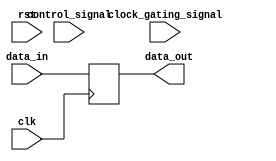
module timing_control_and_sync(
    // Input signals
    input wire clk,
    input wire rst,
    // Control signals
    input wire control_signal,
    // Clock gating
    input wire clock_gating_signal,
    // Clock domain crossing signals
    input wire [7:0] data_in,
    output wire [7:0] data_out
);

// Timing control block
always @(posedge clk or posedge rst) begin
    if (rst) begin
        // Reset the control signals
        control_signal <= 0;
        clock_gating_signal <= 0;
    end else begin
        // Handle control signals
        if (control_signal == 1'b1) begin
            // Handle control signal
        end
        
        // Clock gating
        if (clock_gating_signal == 1'b1) begin
            // Gated clock signal logic
        end
    end
end

// Clock domain crossing block using a flip-flop
reg [7:0] data_reg;
always @(posedge clk) begin
    // Synchronize data_in to the destination clock domain
    data_reg <= data_in;
end

assign data_out = data_reg;

endmodule